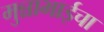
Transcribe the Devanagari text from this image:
मुन्नाभाईचा